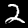
Label: 2